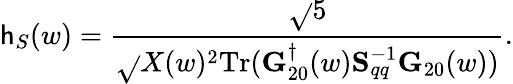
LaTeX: \mathsf{h}_{S}(w)=\frac{{\sqrt{}{{5}}}}{{\sqrt{}{{X(w)^{2}\mathrm{{Tr}}({\mathbf{G}}_{20}^{\dagger}(w){\mathbf{S}}_{qq}^{-1}{\mathbf{G}}_{20}(w))}}}}.